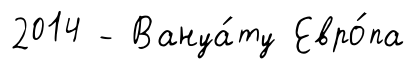
2014 - Вануа́ту Евро́па